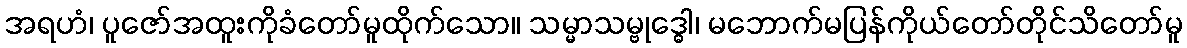
အရဟံ၊ ပူဇော်အထူးကိုခံတော်မူထိုက်သော။ သမ္မာသမ္ဗုဒ္ဓေါ၊ မဘောက်မပြန်ကိုယ်တော်တိုင်သိတော်မူ